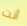
أنت